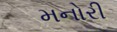
મનોરી